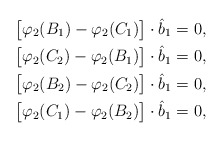
\begin{align*}& \big[\varphi_2(B_1) - \varphi_2(C_1)\big] \cdot \hat{b}_1 = 0,\\& \big[\varphi_2(C_2) - \varphi_2(B_1)\big] \cdot \hat{b}_1 = 0,\\& \big[\varphi_2(B_2) - \varphi_2(C_2)\big] \cdot \hat{b}_1 = 0,\\& \big[\varphi_2(C_1) - \varphi_2(B_2)\big] \cdot \hat{b}_1 = 0,\end{align*}